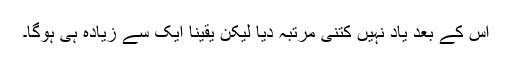
اس کے بعد یاد نہیں کتنی مرتبہ دیا لیکن یقینا ایک سے زیادہ ہی ہوگا۔